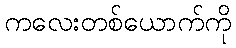
ကလေးတစ်ယောက်ကို